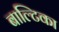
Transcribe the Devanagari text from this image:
बाल्टिका